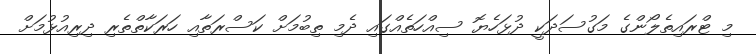
މި ޓްރައިތެލޯންގެ މަގުސަދަކީ ދުޅަހެޔޮ ސިއްހަތެއްގައި ދެމި ތިބުމަށް ކަސްރަތާއި ހަރަކާތްތެރި ދިރިއުޅުމަށް